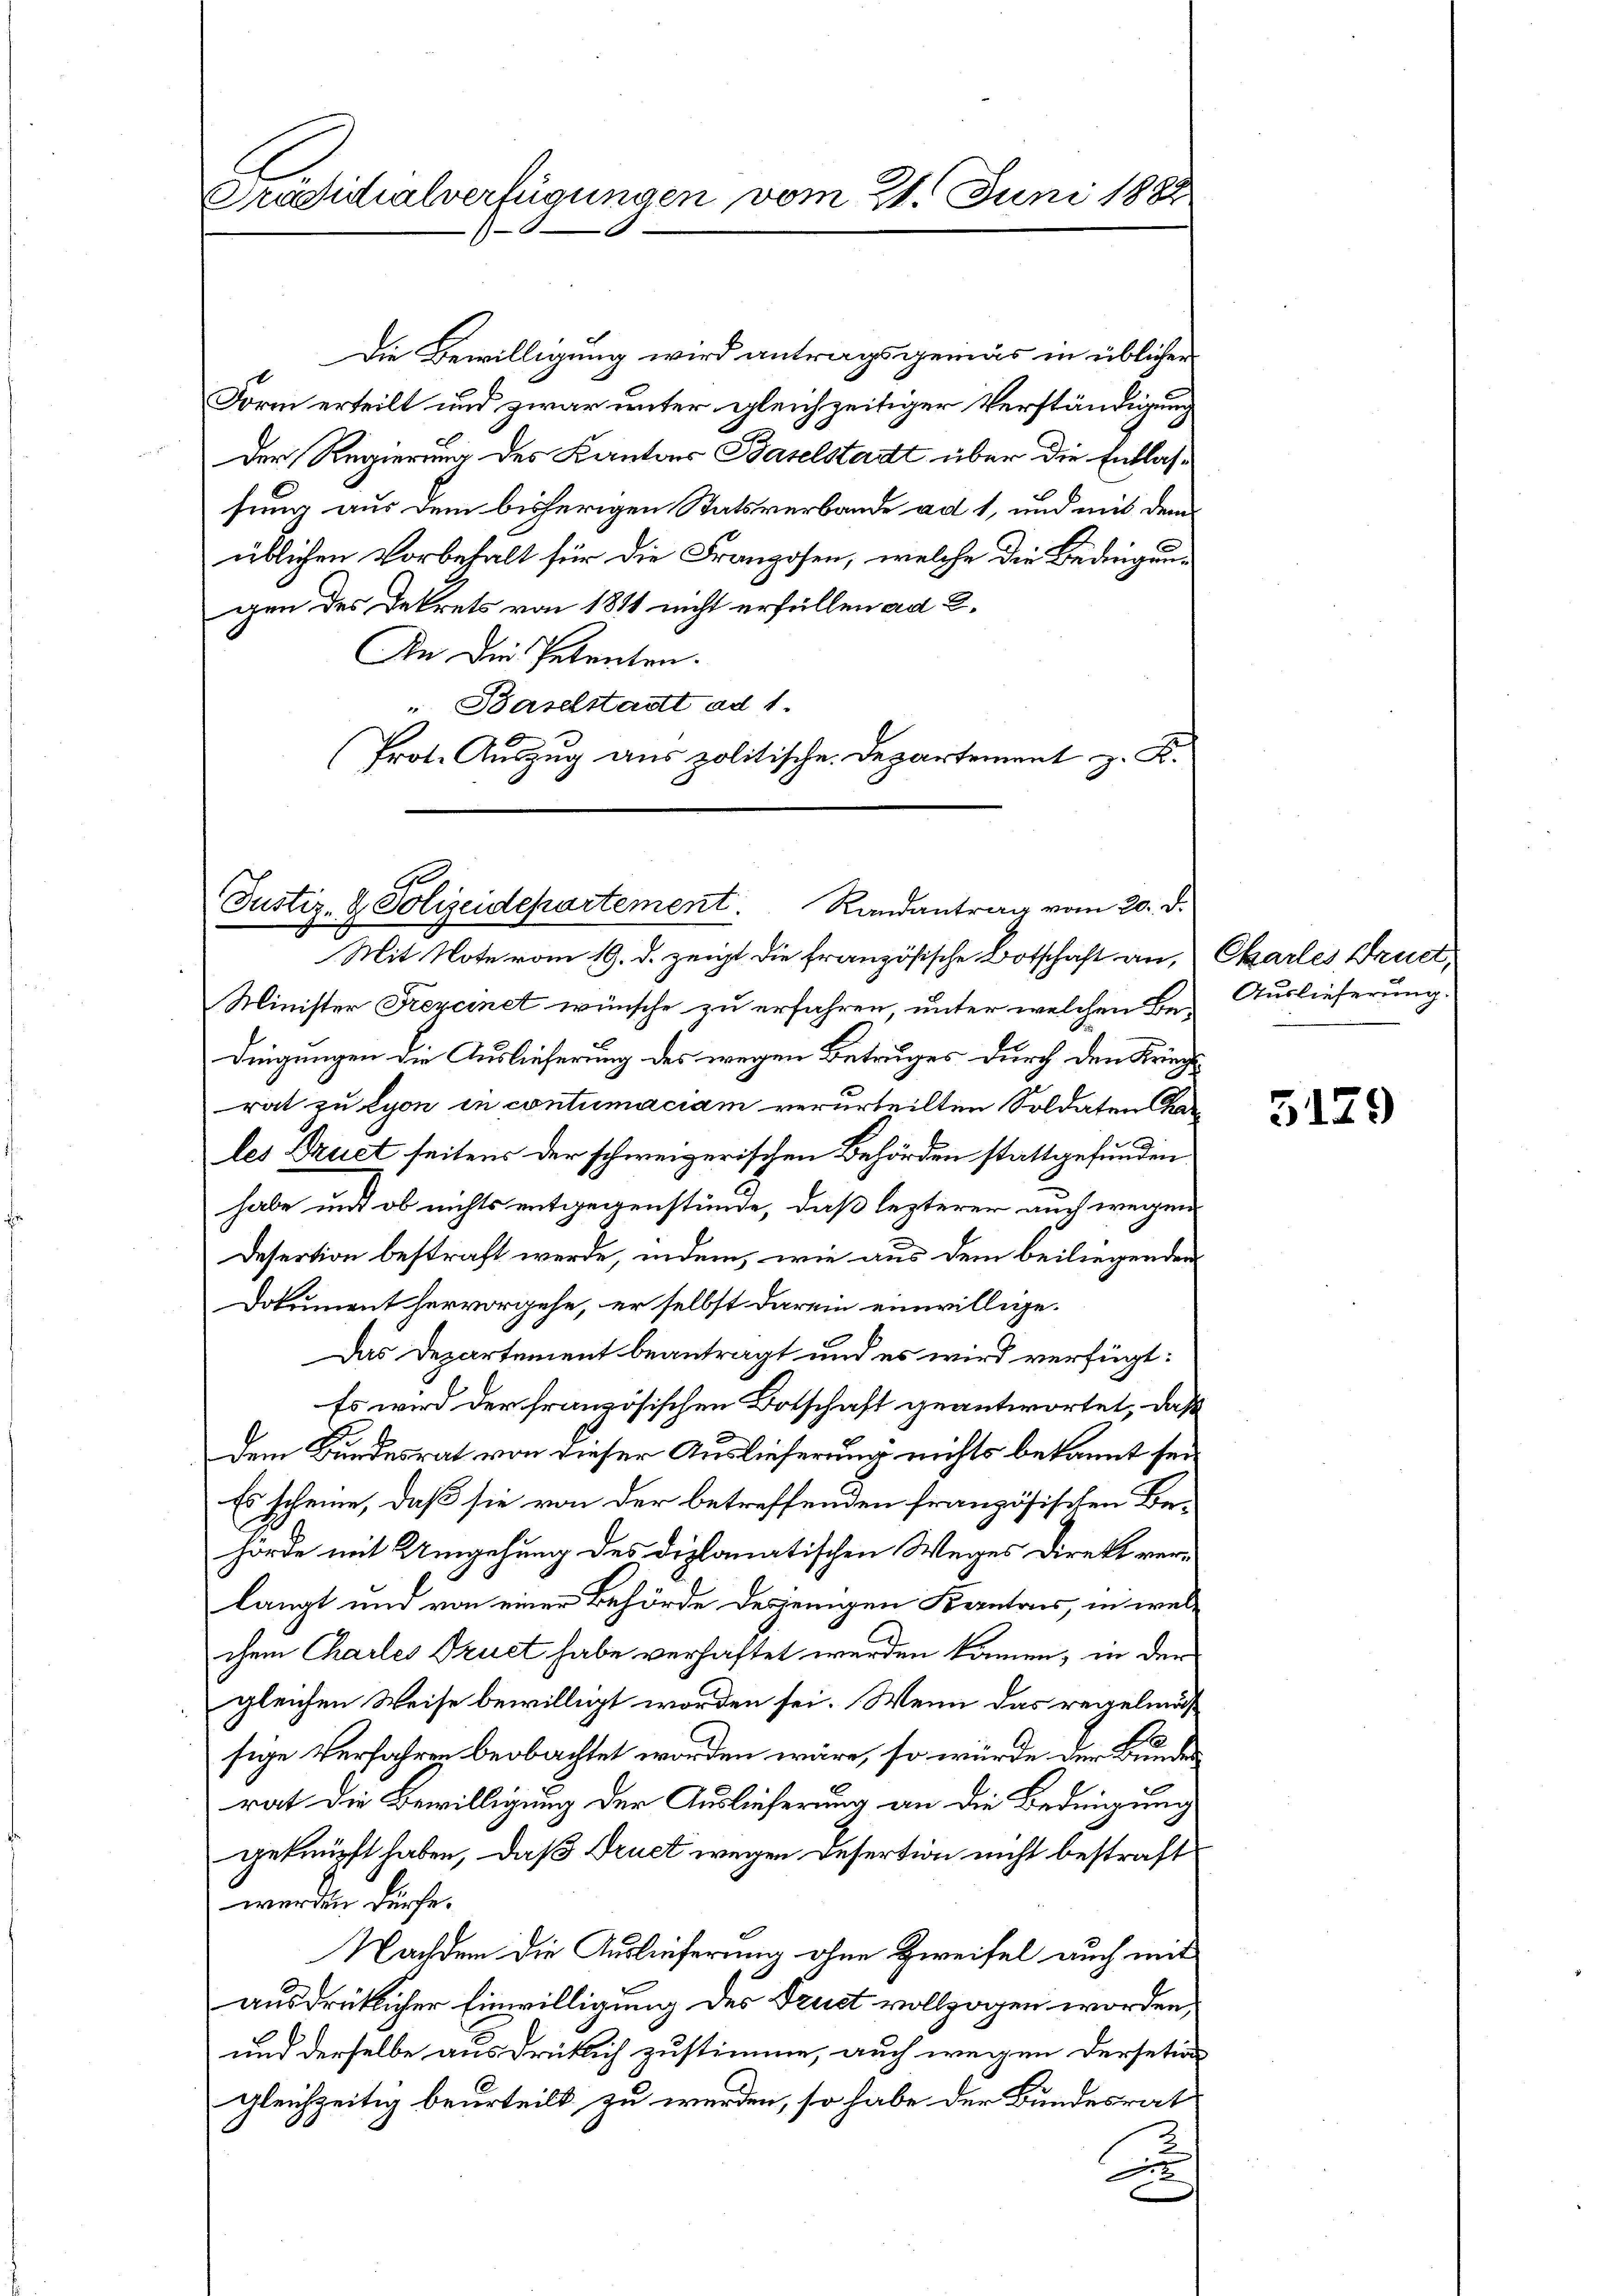
Präsidialverfügungen vom 21. Juni 1882

Die Bewilligung wird antragsgemäs in üblichen
Form erteilt und zwar unter gleichzeitiger Verständigung
Der Regierung des Kantons Baselstadt über die Entlassung aus dem bisherigen Statsverbande ad 1, und mit dem
üblichen Vorbehalt für die Franzosen, welche die Bediegen-
gen des Dekrets von 1811 nicht erfüllen ad 2.
An die Petenten.
 Baselstadt ad 1.
(Prot. Auszug aus politische. Departement z. B.

E
Justiz- & Polizeidepartement. Randantrag vom 20. d.
Mit Note vom 19. d. zeigt die französische Botschaft an, Charles Druck,

Minister Rezcinet wünsche zu erfahren, unter welchen Bedingungen die Auslieferung des wegen Betruges durch den Kriegsrat zu Lyon in contumaciam verurteilten Soldaten Char
les Bruet seitens der schweizerischen Behörden stattgefunden
habe und ob nichts entgegenstünde, daß lezterer auch wegen
Desertion bestraft werde, indem, wie aus dem beiliegenden
Dokument hervorgehe, er selbst darein einwillige.
Das Departement beantragt und es wird verfügt:
Es wird der französischen Botschaft geantwortet, daß
dem Bundesrat von dieser Auslieferung nichts bekannt sei¬
Es scheine, daß sie von der betreffenden französischen Behörde mit Umgehung des diplomatischen Weges Direkt verlangt und von einer Behörde desjenigen Kantons, in welchem Charles Szuet habe verhaftet werden können, in der
gleichen Weise bewilligt worden sei. Wenn das regelmäß
sige Verfahren beobachtet worden wäre, so würde der Bundes
rat die Bewilligung der Auslieferung an die Bedingung
geknüpft haben, daß Truet wegen Desertion nicht bestraft
werden dürfe.
Nachdem die Auslieferung ohne Zweifel auch mit
ausdrüklicher Einwilligung des Drust vollzogen worden,
und derselbe ausdrüklich zustimme, auch wegen dersetion
gleichzeitig beurteilt zu werden, so habe der Bundesrat
|

Auslieferung.

5179